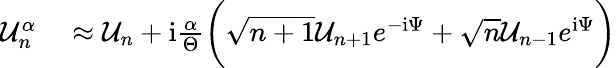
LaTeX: \begin{array}{rl}{\mathcal{U}_{n}^{\alpha}}&{{}\approx\mathcal{U}_{n}+\mathrm{i}\frac{\alpha}{\Theta}\bigg(\sqrt{n+1}\mathcal{U}_{n+1}e^{-\mathrm{i}\Psi}+\sqrt{n}\mathcal{U}_{n-1}e^{\mathrm{i}\Psi}\bigg)}\end{array}